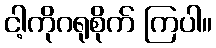
ငါ့ကိုဂရုစိုက် ကြပါ။